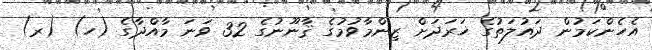
އެހެންކަމުން ދައުލަތުގެ ޚަރަދަށް ޒިންމާވުމުގެ ޤާނޫނުގެ 32 ވަނަ މާއްދާގެ (ހ) (ރ)